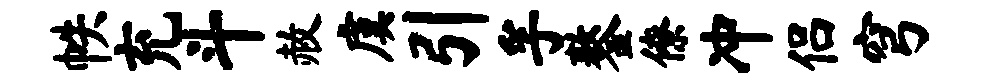
帙充斗赦虞引孚鏊僚冲侣穹